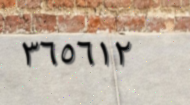
٣٦٥٦١٢